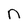
Character: n